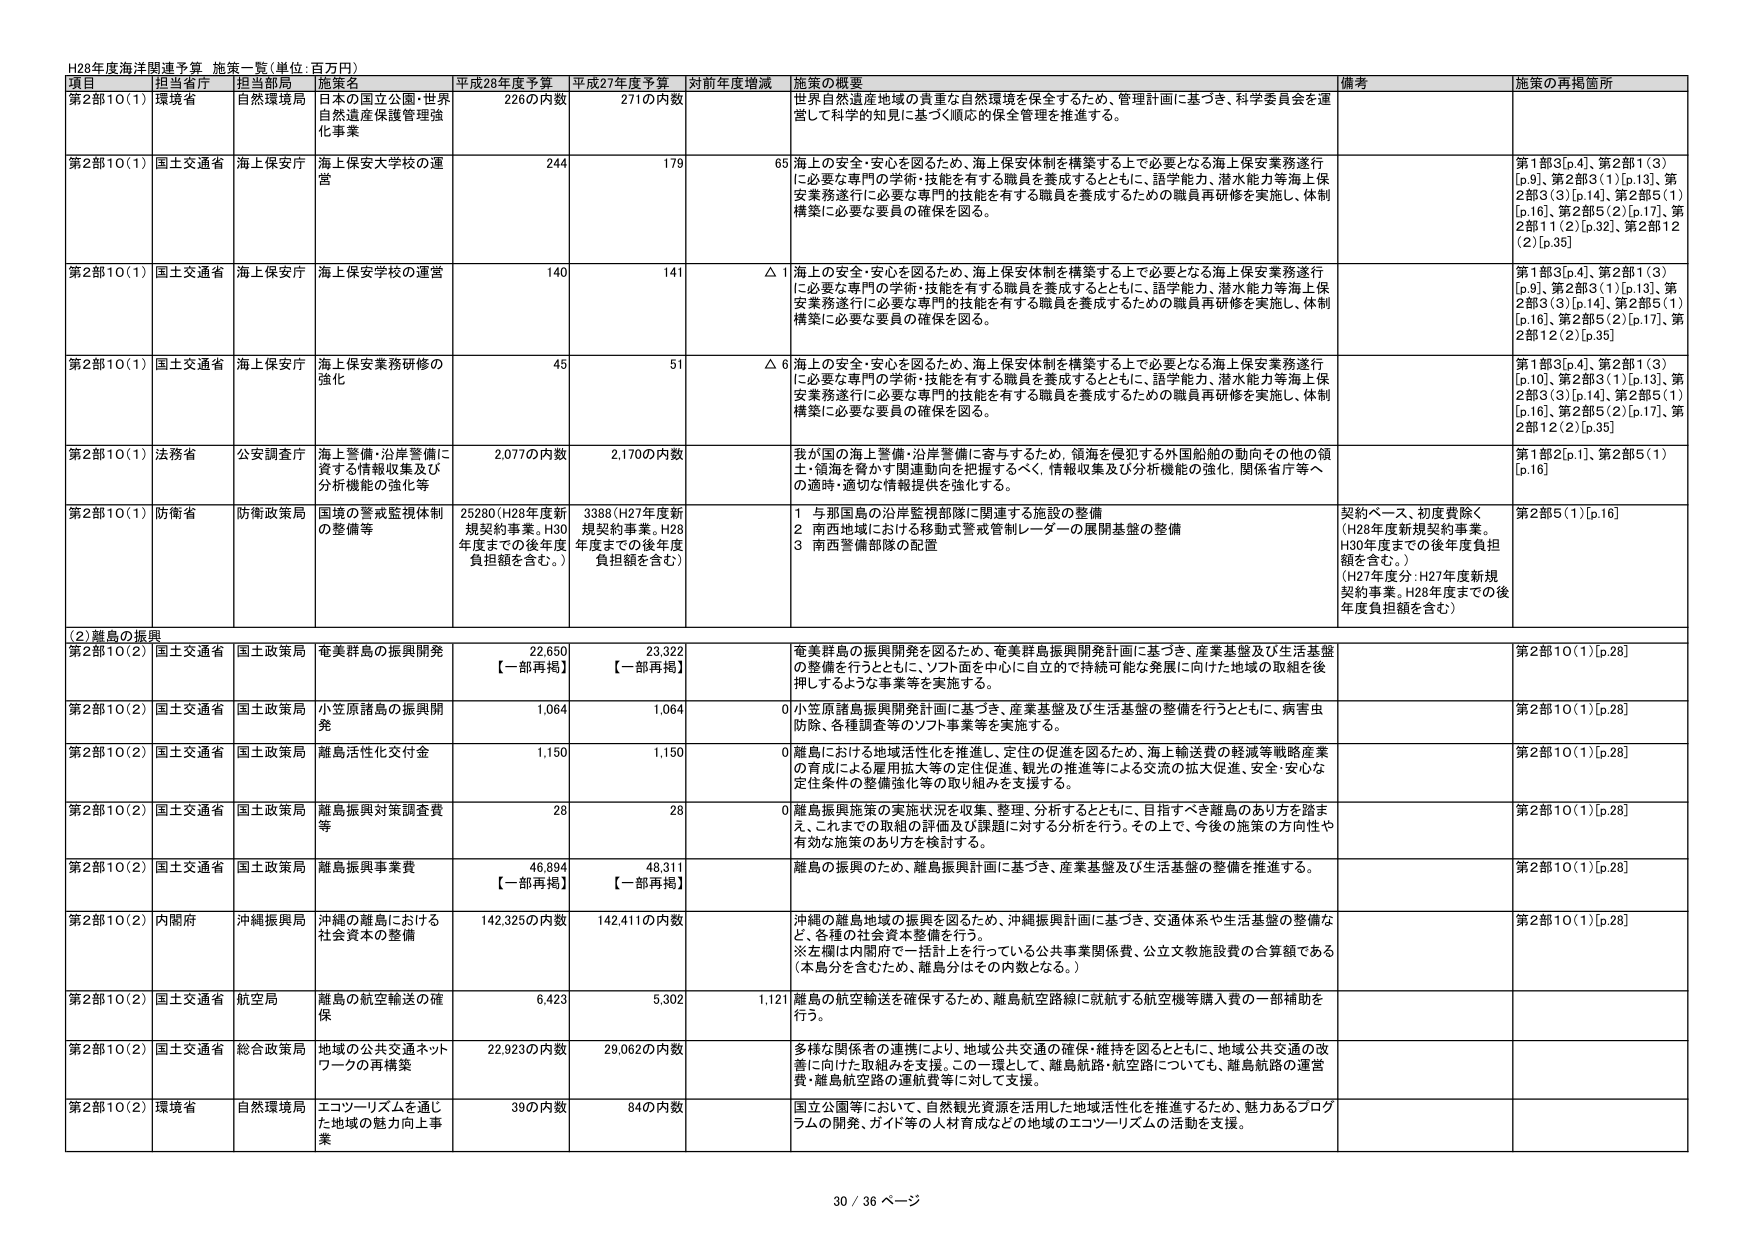
H28年度海洋関連予算 施策一覧（単位：百万円）

項目 担当省庁 担当部局 施策名 平成28年度予算 平成27年度予算 対前年度増減 施策の概要 備考 施策の再掲箇所

第2部10(1) 環境省 自然環境局 日本の国立公園・世界自然遺産保護管理強化事業 226の内数 271の内数 世界自然遺産地域の貴重な自然環境を保全するため、管理計画に基づき、科学委員会を運営して科学的知見に基づく順応的保全管理を推進する。

第2部10(1) 国土交通省 海上保安庁 海上保安大学校の運営 244 179 65 海上の安全・安心を図るため、海上保安体制を構築する上で必要となる海上保安業務遂行に必要な専門の学術・技能を有する職員を養成するとともに、語学能力、潜水能力等海上保安業務遂行に必要な専門的技能を有する職員を養成するための職員再研修を実施し、体制構築に必要な要員の確保を図る。 第1部3[p.4]、第2部1(3) [p.9]、第2部3(1)[p.13]、第2部3(3)[p.14]、第2部5(1) [p.16]、第2部5(2)[p.17]、第2部11(2)[p.32]、第2部12(2)[p.35]

第2部10(1) 国土交通省 海上保安庁 海上保安学校の運営 140 141 △1 海上の安全・安心を図るため、海上保安体制を構築する上で必要となる海上保安業務遂行に必要な専門の学術・技能を有する職員を養成するとともに、語学能力、潜水能力等海上保安業務遂行に必要な専門的技能を有する職員を養成するための職員再研修を実施し、体制構築に必要な要員の確保を図る。 第1部3[p.4]、第2部1(3) [p.9]、第2部3(1)[p.13]、第2部3(3)[p.14]、第2部5(1) [p.16]、第2部5(2)[p.17]、第2部12(2)[p.35]

第2部10(1) 国土交通省 海上保安庁 海上保安業務研修の強化 45 51 △6 海上の安全・安心を図るため、海上保安体制を構築する上で必要となる海上保安業務遂行に必要な専門の学術・技能を有する職員を養成するとともに、語学能力、潜水能力等海上保安業務遂行に必要な専門的技能を有する職員を養成するための職員再研修を実施し、体制構築に必要な要員の確保を図る。 第1部3[p.4]、第2部1(3) [p.9]、第2部3(1)[p.13]、第2部3(3)[p.14]、第2部5(1) [p.16]、第2部5(2)[p.17]、第2部12(2)[p.35]

第2部10(1) 法務省 公安調査庁 海上警備・沿岸警備に資する情報収集及び分析機能の強化等 2,077の内数 2,170の内数 我が国の海上警備・沿岸警備に寄与するため、領海を侵犯する外国船舶の動向その他の領土・領海を脅かす関連動向を把握するべく、情報収集及び分析機能の強化、関係省庁等への適時・適切な情報提供を強化する。 第1部2[p.1]、第2部5(1) [p.16]

第2部10(1) 防衛省 防衛政策局 国境の警戒監視体制の整備等 25280（H28年度新規契約事業。H30年度までの後年度負担額を含む。） 3388（H27年度新規契約事業。H28年度までの後年度負担額を含む） 1 与那国島の沿岸監視部隊に関連する施設の整備 2 南西地域における移動式警戒管制レーダーの展開基盤の整備 3 南西警備部隊の配置 契約ベース、初度費除く（H28年度新規契約事業。H30年度までの後年度負担額を含む。） （H27年度分：H27年度新規契約事業。H28年度までの後年度負担額を含む） 第2部5(1)[p.16]

(2)離島の振興

第2部10(2) 国土交通省 国土政策局 奄美群島の振興開発 22,650 【一部再掲】 23,322 【一部再掲】 奄美群島の振興開発を図るため、奄美群島振興開発計画に基づき、産業基盤及び生活基盤の整備を行うとともに、ソフト面を中心に自立的で持続可能な発展に向けた地域の取組を後押しするような事業等を実施する。 第2部10(1)[p.28]

第2部10(2) 国土交通省 国土政策局 小笠原諸島の振興開発 1,064 1,064 0 小笠原諸島振興開発計画に基づき、産業基盤及び生活基盤の整備を行うとともに、病害虫防除、各種調査等のソフト事業等を実施する。 第2部10(1)[p.28]

第2部10(2) 国土交通省 国土政策局 離島活性化交付金 1,150 1,150 0 離島における地域活性化を推進し、定住の促進を図るため、海上輸送費の軽減等戦略産業の育成による雇用拡大等の定住促進、観光の推進等による交流の拡大促進、安全・安心な定住条件の整備強化等の取り組みを支援する。 第2部10(1)[p.28]

第2部10(2) 国土交通省 国土政策局 離島振興対策調査費等 28 28 0 離島振興施策の実施状況を収集、整理、分析するとともに、目指すべき離島のあり方を踏まえ、これまでの取組の評価及び課題に対する分析を行う。そして、今後の施策の方向性や有効な施策のあり方を検討する。 第2部10(1)[p.28]

第2部10(2) 国土交通省 国土政策局 離島振興事業費 46,894 【一部再掲】 48,311 【一部再掲】 離島の振興のため、離島振興計画に基づき、産業基盤及び生活基盤の整備を推進する。 第2部10(1)[p.28]

第2部10(2) 内閣府 沖縄振興局 沖縄の離島における社会資本の整備 142,325の内数 142,411の内数 沖縄の離島地域の振興を図るため、沖縄振興計画に基づき、交通体系や生活基盤の整備など、各種の社会資本整備を行う。 ※左欄は内閣府で一括計上を行っている公共事業関係費、公立文教施設費の合算額である（本島分を含むため、離島分はその内数となる。） 第2部10(1)[p.28]

第2部10(2) 国土交通省 航空局 離島の航空輸送の確保 6,423 5,302 1,121 離島の航空輸送を確保するため、離島航空路線に就航する航空機等購入費の一部補助を行う。

第2部10(2) 国土交通省 総合政策局 地域の公共交通ネットワークの再構築 22,923の内数 29,062の内数 多様な関係者の連携により、地域公共交通の確保・維持を図るとともに、地域公共交通の改善に向けた取組みを支援。この一環として、離島航路・航空路についても、離島航路の運営費・離島航空路の運航費等に対して支援。

第2部10(2) 環境省 自然環境局 エコツーリズムを通じた地域の魅力向上事業 39の内数 84の内数 国立公園等において、自然観光資源を活用した地域活性化を推進するため、魅力あるプログラムの開発、ガイド等の人材育成などの地域のエコツーリズムの活動を支援。

30 / 36 ページ